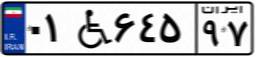
۰۱W۶۴۵۹۷